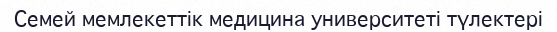
Семей мемлекеттік медицина университеті түлектері